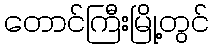
တောင်ကြီးမြို့တွင်